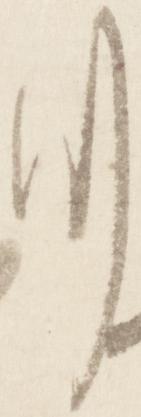
つ